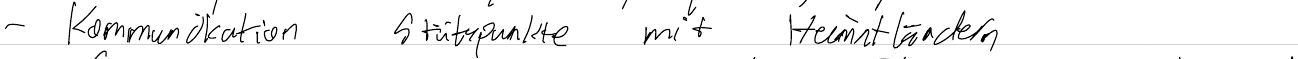
- Kommunikation Stützpunkte mit Heimatländern